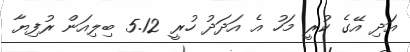
އަދި އޭގެ ކުރީ މަހު އެ އަދަދު ހުރީ 5.12 ބިލިއަން ރުފިޔާ